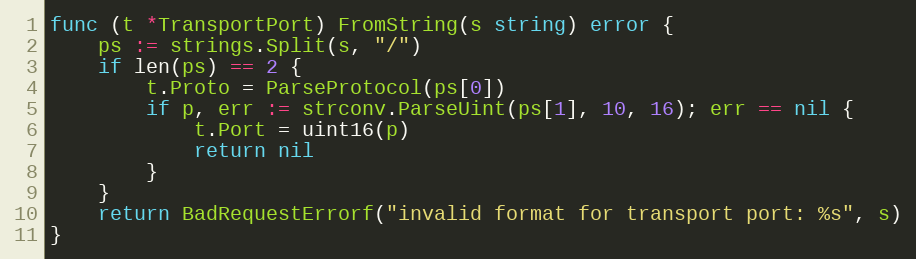
Language: Go
func (t *TransportPort) FromString(s string) error {
	ps := strings.Split(s, "/")
	if len(ps) == 2 {
		t.Proto = ParseProtocol(ps[0])
		if p, err := strconv.ParseUint(ps[1], 10, 16); err == nil {
			t.Port = uint16(p)
			return nil
		}
	}
	return BadRequestErrorf("invalid format for transport port: %s", s)
}